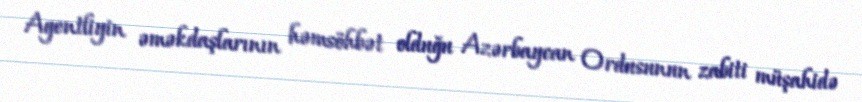
Agentliyin əməkdaşlarının həmsöhbət olduğu Azərbaycan Ordusunun zabiti müşahidə